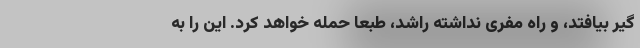
گیر بیافتد، و راه مفری نداشته راشد، طبعاً حمله خواهد کرد. این را به